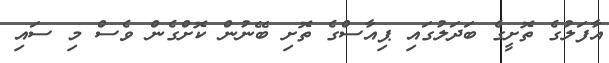
އާފަލުގެ ތޮށީގެ ބަދަލުގައި ޕިއާސްގެ ތޮށި ބޭނުން ކޮށްގެން ވެސް މި ސަައި